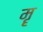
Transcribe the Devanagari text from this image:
मॄ